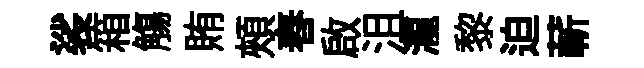
裟箱觴賄頰舂啟沮瀧黎迫蔪